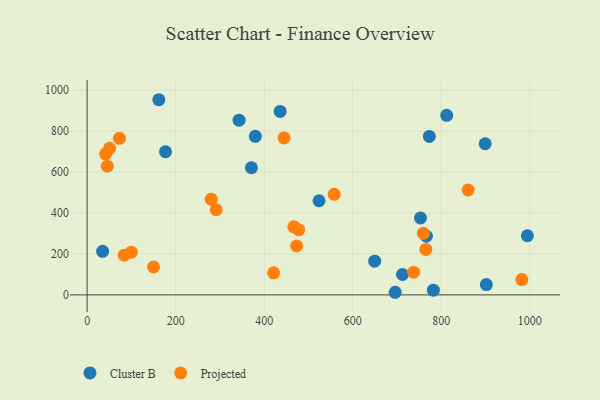
{"axis": {"x": "Investment", "y": "Salary"}, "legend": ["Cluster B", "Projected"], "data": [{"x": "35.0", "y": 212.6, "type": "Cluster B"}, {"x": "649.6", "y": 164.6, "type": "Cluster B"}, {"x": "436.0", "y": 896.1, "type": "Cluster B"}, {"x": "901.7", "y": 50.3, "type": "Cluster B"}, {"x": "523.8", "y": 459.6, "type": "Cluster B"}, {"x": "380.0", "y": 774.2, "type": "Cluster B"}, {"x": "766.2", "y": 286.8, "type": "Cluster B"}, {"x": "162.0", "y": 953.0, "type": "Cluster B"}, {"x": "371.1", "y": 620.9, "type": "Cluster B"}, {"x": "773.0", "y": 773.7, "type": "Cluster B"}, {"x": "782.1", "y": 22.9, "type": "Cluster B"}, {"x": "177.0", "y": 698.9, "type": "Cluster B"}, {"x": "695.8", "y": 12.8, "type": "Cluster B"}, {"x": "753.0", "y": 375.4, "type": "Cluster B"}, {"x": "812.2", "y": 876.8, "type": "Cluster B"}, {"x": "712.3", "y": 99.6, "type": "Cluster B"}, {"x": "899.1", "y": 738.0, "type": "Cluster B"}, {"x": "343.2", "y": 853.2, "type": "Cluster B"}, {"x": "994.4", "y": 288.9, "type": "Cluster B"}, {"x": "50.7", "y": 715.7, "type": "Projected"}, {"x": "83.8", "y": 193.8, "type": "Projected"}, {"x": "558.0", "y": 491.3, "type": "Projected"}, {"x": "280.3", "y": 467.5, "type": "Projected"}, {"x": "759.4", "y": 300.6, "type": "Projected"}, {"x": "477.9", "y": 318.5, "type": "Projected"}, {"x": "73.0", "y": 764.5, "type": "Projected"}, {"x": "41.7", "y": 688.8, "type": "Projected"}, {"x": "291.4", "y": 415.7, "type": "Projected"}, {"x": "765.0", "y": 222.1, "type": "Projected"}, {"x": "421.3", "y": 107.7, "type": "Projected"}, {"x": "473.3", "y": 239.0, "type": "Projected"}, {"x": "444.9", "y": 766.5, "type": "Projected"}, {"x": "737.5", "y": 111.0, "type": "Projected"}, {"x": "45.5", "y": 628.5, "type": "Projected"}, {"x": "981.9", "y": 74.6, "type": "Projected"}, {"x": "150.0", "y": 136.5, "type": "Projected"}, {"x": "466.9", "y": 332.2, "type": "Projected"}, {"x": "99.6", "y": 208.6, "type": "Projected"}, {"x": "860.6", "y": 512.2, "type": "Projected"}]}